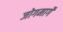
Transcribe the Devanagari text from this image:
जोगमार्गे